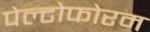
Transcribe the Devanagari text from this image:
पेल्टोफोरम